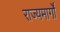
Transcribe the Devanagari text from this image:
राज्यमार्गों